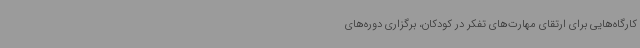
کارگاه‌هایی برای ارتقای مهارت‌های تفکر در کودکان، برگزاری دوره‌های